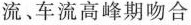
流﹑车流高峰期吻合